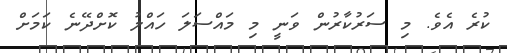
ކުރެ އެވެ. މި ސަރުކާރުން ވަނީ މި މައްސަލަ ހައްލު ކޮށްދޭނެ ކަމަށް